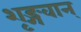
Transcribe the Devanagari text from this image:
शृङ्गवान्